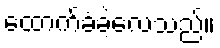
ထောက်ခံခဲ့လေသည်။